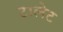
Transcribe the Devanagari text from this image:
टालेट